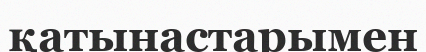
қатынастарымен